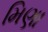
મિણા